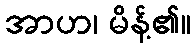
အာဟ၊ မိန့်၏။